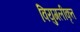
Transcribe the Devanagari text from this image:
वियुगलीकृत